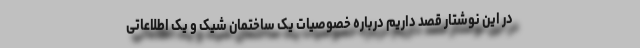
در این نوشتار قصد داریم درباره خصوصیات یک ساختمان شیک و یک اطلاعاتی